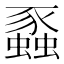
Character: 蟸